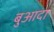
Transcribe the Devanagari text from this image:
बुआदा